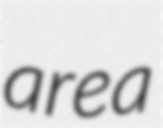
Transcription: area